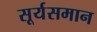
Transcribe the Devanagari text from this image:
सूर्यसमान